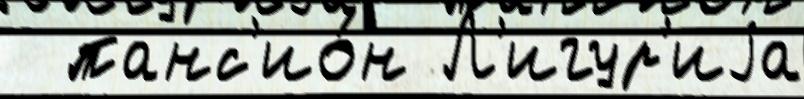
  панс'ио́н Л'игур'иjа